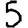
Digit: 5